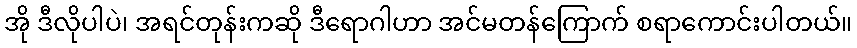
အို ဒီလိုပါပဲ၊ အရင်တုန်းကဆို ဒီရောဂါဟာ အင်မတန်ကြောက် စရာကောင်းပါတယ်။